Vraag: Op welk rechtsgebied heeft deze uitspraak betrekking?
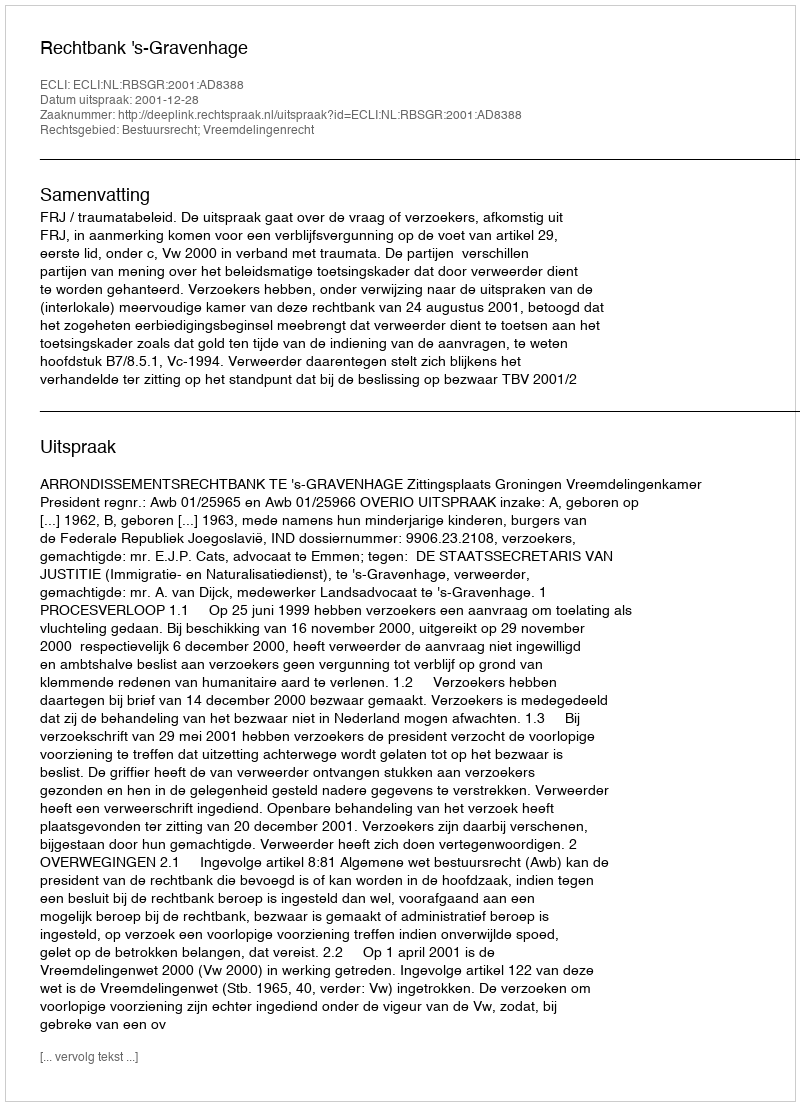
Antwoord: Bestuursrecht; Vreemdelingenrecht